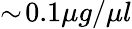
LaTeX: \sim\! 0.1\mu g/\mu l